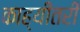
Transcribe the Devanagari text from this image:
काह्यीतरी